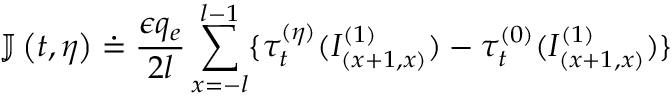
\mathbb { J } \left( t , \eta \right) \doteq \frac { \epsilon q _ { e } } { 2 l } \sum _ { x = - l } ^ { l - 1 } \{ \tau _ { t } ^ { ( \eta ) } ( I _ { \left( x + 1 , x \right) } ^ { ( 1 ) } ) - \tau _ { t } ^ { ( 0 ) } ( I _ { \left( x + 1 , x \right) } ^ { ( 1 ) } ) \}